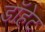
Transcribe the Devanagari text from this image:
डॉहेट